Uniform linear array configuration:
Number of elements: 24
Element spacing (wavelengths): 0.5
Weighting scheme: hamming
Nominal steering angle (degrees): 0
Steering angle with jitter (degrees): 0.5366
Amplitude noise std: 0.05
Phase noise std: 0.05

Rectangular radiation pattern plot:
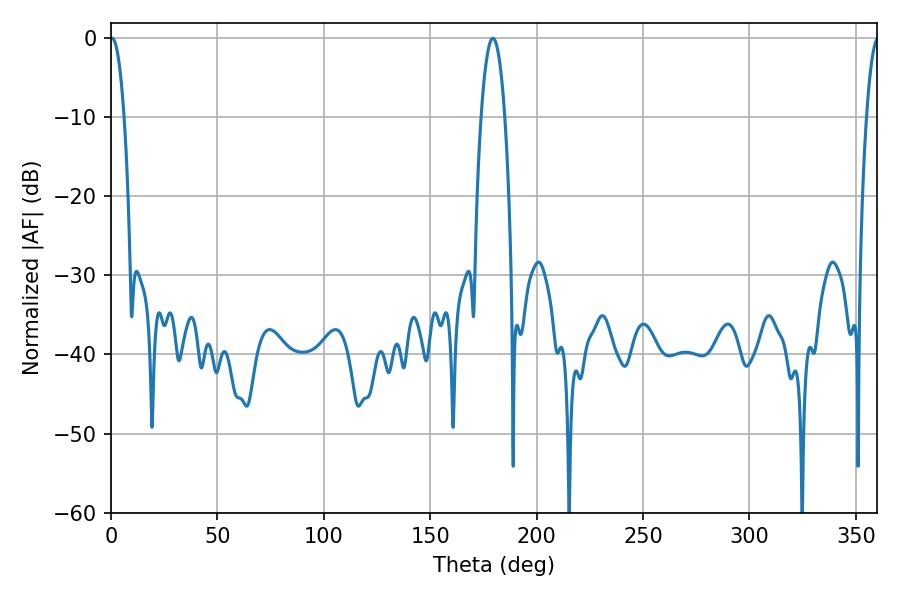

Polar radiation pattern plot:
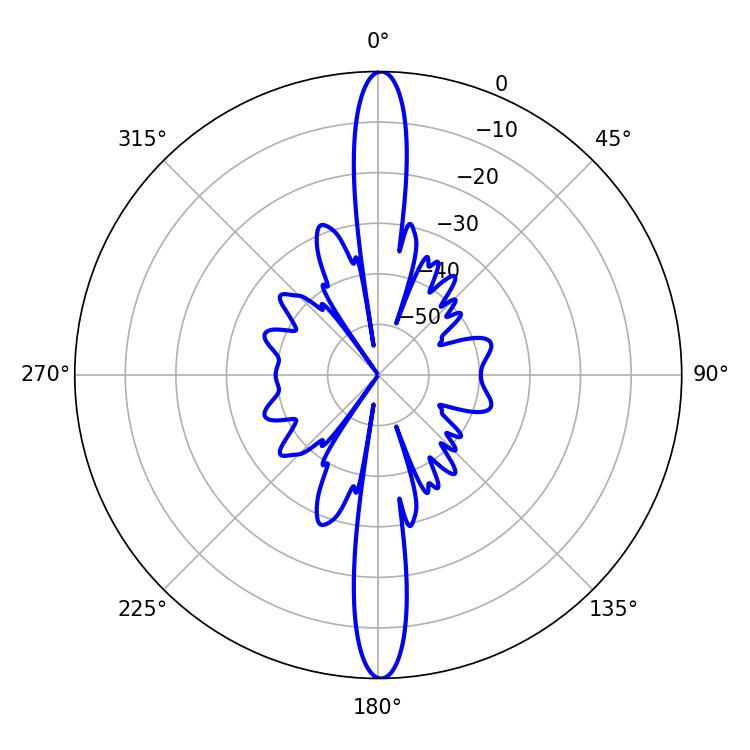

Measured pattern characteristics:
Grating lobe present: FALSE
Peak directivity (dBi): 29.772
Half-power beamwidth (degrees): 3.6
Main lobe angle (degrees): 0.54